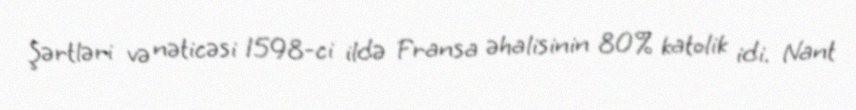
Şərtləri və nəticəsi 1598-ci ildə Fransa əhalisinin 80% katolik idi. Nant